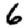
Digit: 6